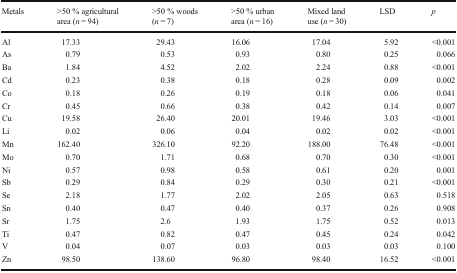
| Metals | >50 % agricultural area (n = 94) | >50 % woods (n = 7) | >50 % urban area (n = 16) | Mixed land use (n = 30) | LSD | p |
 | --- | --- | --- | --- | --- | --- | --- |
 | Al | 17.33 | 29.43 | 16.06 | 17.04 | 5.92 | <0.001 |
 | As | 0.79 | 0.53 | 0.93 | 0.80 | 0.25 | 0.066 |
 | Ba | 1.84 | 4.52 | 2.02 | 2.24 | 0.88 | <0.001 |
 | Cd | 0.23 | 0.38 | 0.18 | 0.28 | 0.09 | 0.002 |
 | Co | 0.18 | 0.26 | 0.19 | 0.18 | 0.06 | 0.041 |
 | Cr | 0.45 | 0.66 | 0.38 | 0.42 | 0.14 | 0.007 |
 | Cu | 19.58 | 26.40 | 20.01 | 19.46 | 3.03 | <0.001 |
 | Li | 0.02 | 0.06 | 0.04 | 0.02 | 0.02 | <0.001 |
 | Mn | 162.40 | 326.10 | 92.20 | 188.00 | 76.48 | <0.001 |
 | Mo | 0.70 | 1.71 | 0.68 | 0.70 | 0.30 | <0.001 |
 | Ni | 0.57 | 0.98 | 0.58 | 0.61 | 0.20 | 0.001 |
 | Sb | 0.29 | 0.84 | 0.29 | 0.30 | 0.21 | <0.001 |
 | Se | 2.18 | 1.77 | 2.02 | 2.05 | 0.63 | 0.518 |
 | Sn | 0.40 | 0.47 | 0.40 | 0.37 | 0.26 | 0.908 |
 | Sr | 1.75 | 2.6 | 1.93 | 1.75 | 0.52 | 0.013 |
 | Ti | 0.47 | 0.82 | 0.47 | 0.45 | 0.24 | 0.042 |
 | V | 0.04 | 0.07 | 0.03 | 0.03 | 0.03 | 0.100 |
 | Zn | 98.50 | 138.60 | 96.80 | 98.40 | 16.52 | <0.001 |